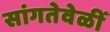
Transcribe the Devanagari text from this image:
सांगतेवेळीं